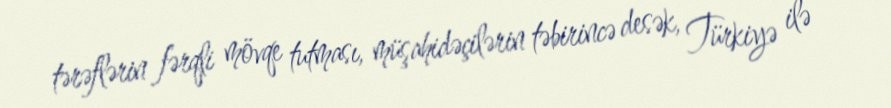
tərəflərin fərqli mövqe tutması, müşahidəçilərin təbirincə desək, Türkiyə ilə